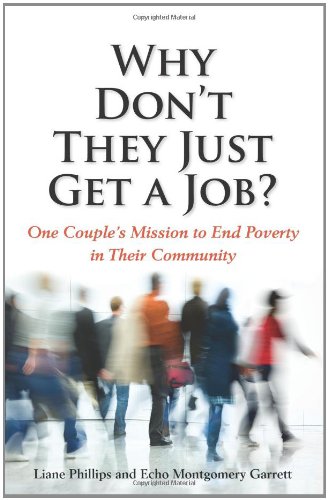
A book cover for Why Don't They Just Get a Job? One Couple's Mission to End Poverty in Their Community; Liane Phillips; Business & Money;